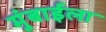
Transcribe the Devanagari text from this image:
मुंबाईला